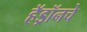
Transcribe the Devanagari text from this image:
हॅड्रॉनचे